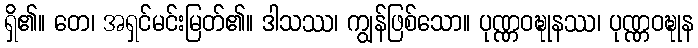
ရှိ၏။ တေ၊ အရှင်မင်းမြတ်၏။ ဒါသဿ၊ ကျွန်ဖြစ်သော။ ပုဏ္ဏဝဍ္ဎုနဿ၊ ပုဏ္ဏဝဍ္ဎုန